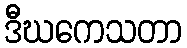
ဒီဃကေသတာ